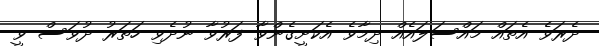
ދެރަވެ އެތައް މައްސަލައެއް ދިމާވެ އެކަށީގެންވާ ފަރުވާ ނުދެވި ހަތަރު ދުވަސް ވީ